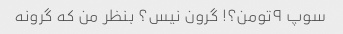
سوپ ۹تومن؟! گرون نیس؟ بنظر من که گرونه